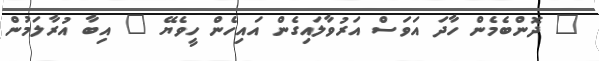
" ދޮންބެމެން ހާދަ އަވަސް އަރުވާލައިގެން އައިހެން ހީވެޔޭ " އިބާ އުރާލަމުން